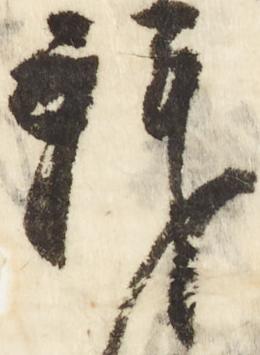
拝